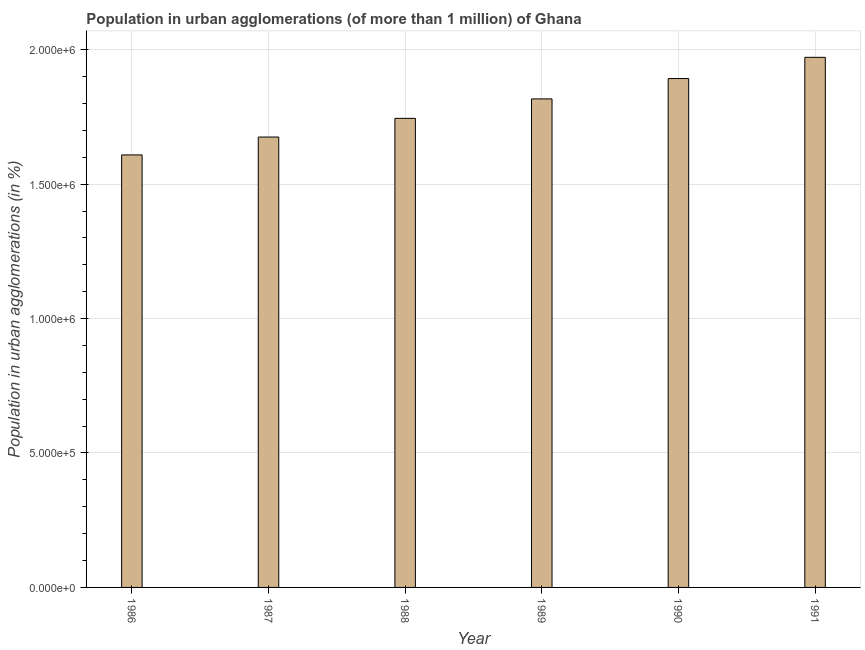
| Year | Population in urban agglomerations |
 | --- | --- |
 | 1986 | 1.61e+06 |
 | 1987 | 1.68e+06 |
 | 1988 | 1.74e+06 |
 | 1989 | 1.82e+06 |
 | 1990 | 1.89e+06 |
 | 1991 | 1.97e+06 |